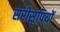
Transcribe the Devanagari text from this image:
सरीसृपियों